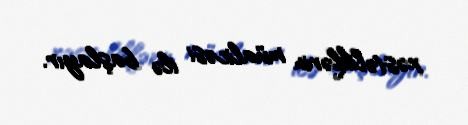
xəstəliklərin müalicəsi ilə başlayır.